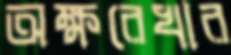
অক্ষরেখার